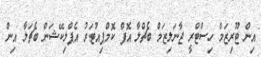
އިން ޓޫރިޒަމް ހިސްޓްރީ ޖާނަލިޒަމް ބެޗްލާ އޮފް ކޮމްޕިއުޓަރު އެޕްލިކޭޝަން ބެޗަލާ އިން